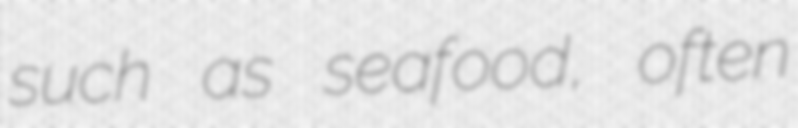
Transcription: such as seafood, often